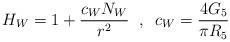
LaTeX: \begin{align*}H_W = 1 + \frac{c_WN_W}{r^2} \;\; , \;\; c_W = \frac{4G_5}{\pi R_5}\end{align*}